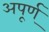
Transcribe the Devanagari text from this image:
अपूर्ण्